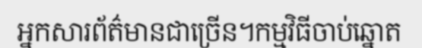
អ្នកសារព័ត៌មានជាច្រើន។កម្មវិធីចាប់ឆ្នោត